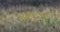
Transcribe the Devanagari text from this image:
आइजटनगर